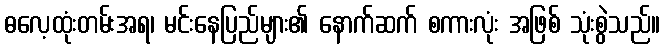
ဓလေ့ထုံးတမ်းအရ၊ မင်းနေပြည်များ၏ နောက်ဆက် စကားလုံး အဖြစ် သုံးစွဲသည်။